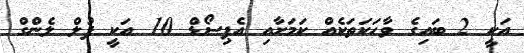
އަކީ 2 ބައިގެ ވާހަކަތަކެއް ކަމަށާއި އެޕިސޯޑް 10 އަކީ ފުލް ލެންގް